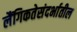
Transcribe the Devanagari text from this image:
लैंगिकतेसंदर्भातील